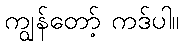
ကျွန်တော့် ကဒ်ပါ။